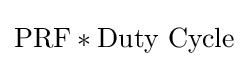
\mathrm {PRF} *{\text{Duty Cycle}}